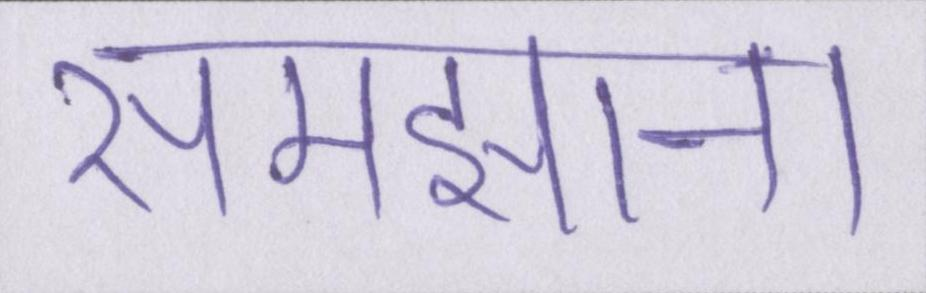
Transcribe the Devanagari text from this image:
समझाना